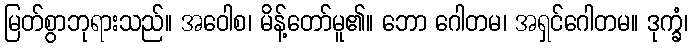
မြတ်စွာဘုရားသည်။ အဝေါစ၊ မိန့်တော်မူ၏။ ဘော ဂေါတမ၊ အရှင်ဂေါတမ။ ဒုက္ခံ၊